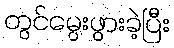
တွင်မွေးဖွားခဲ့ပြီး